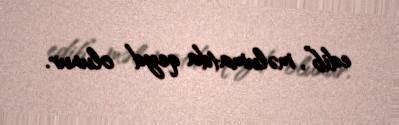
edib”, məlumatda qeyd olunur.